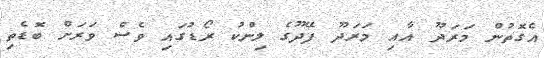
އެގޮތުން މަރަދޫ އާއި މަރަދޫ ފޭދޫގެ ލިންކު ރޯޑުގައި ވެސް ވަރަށް ބޮޑެތި